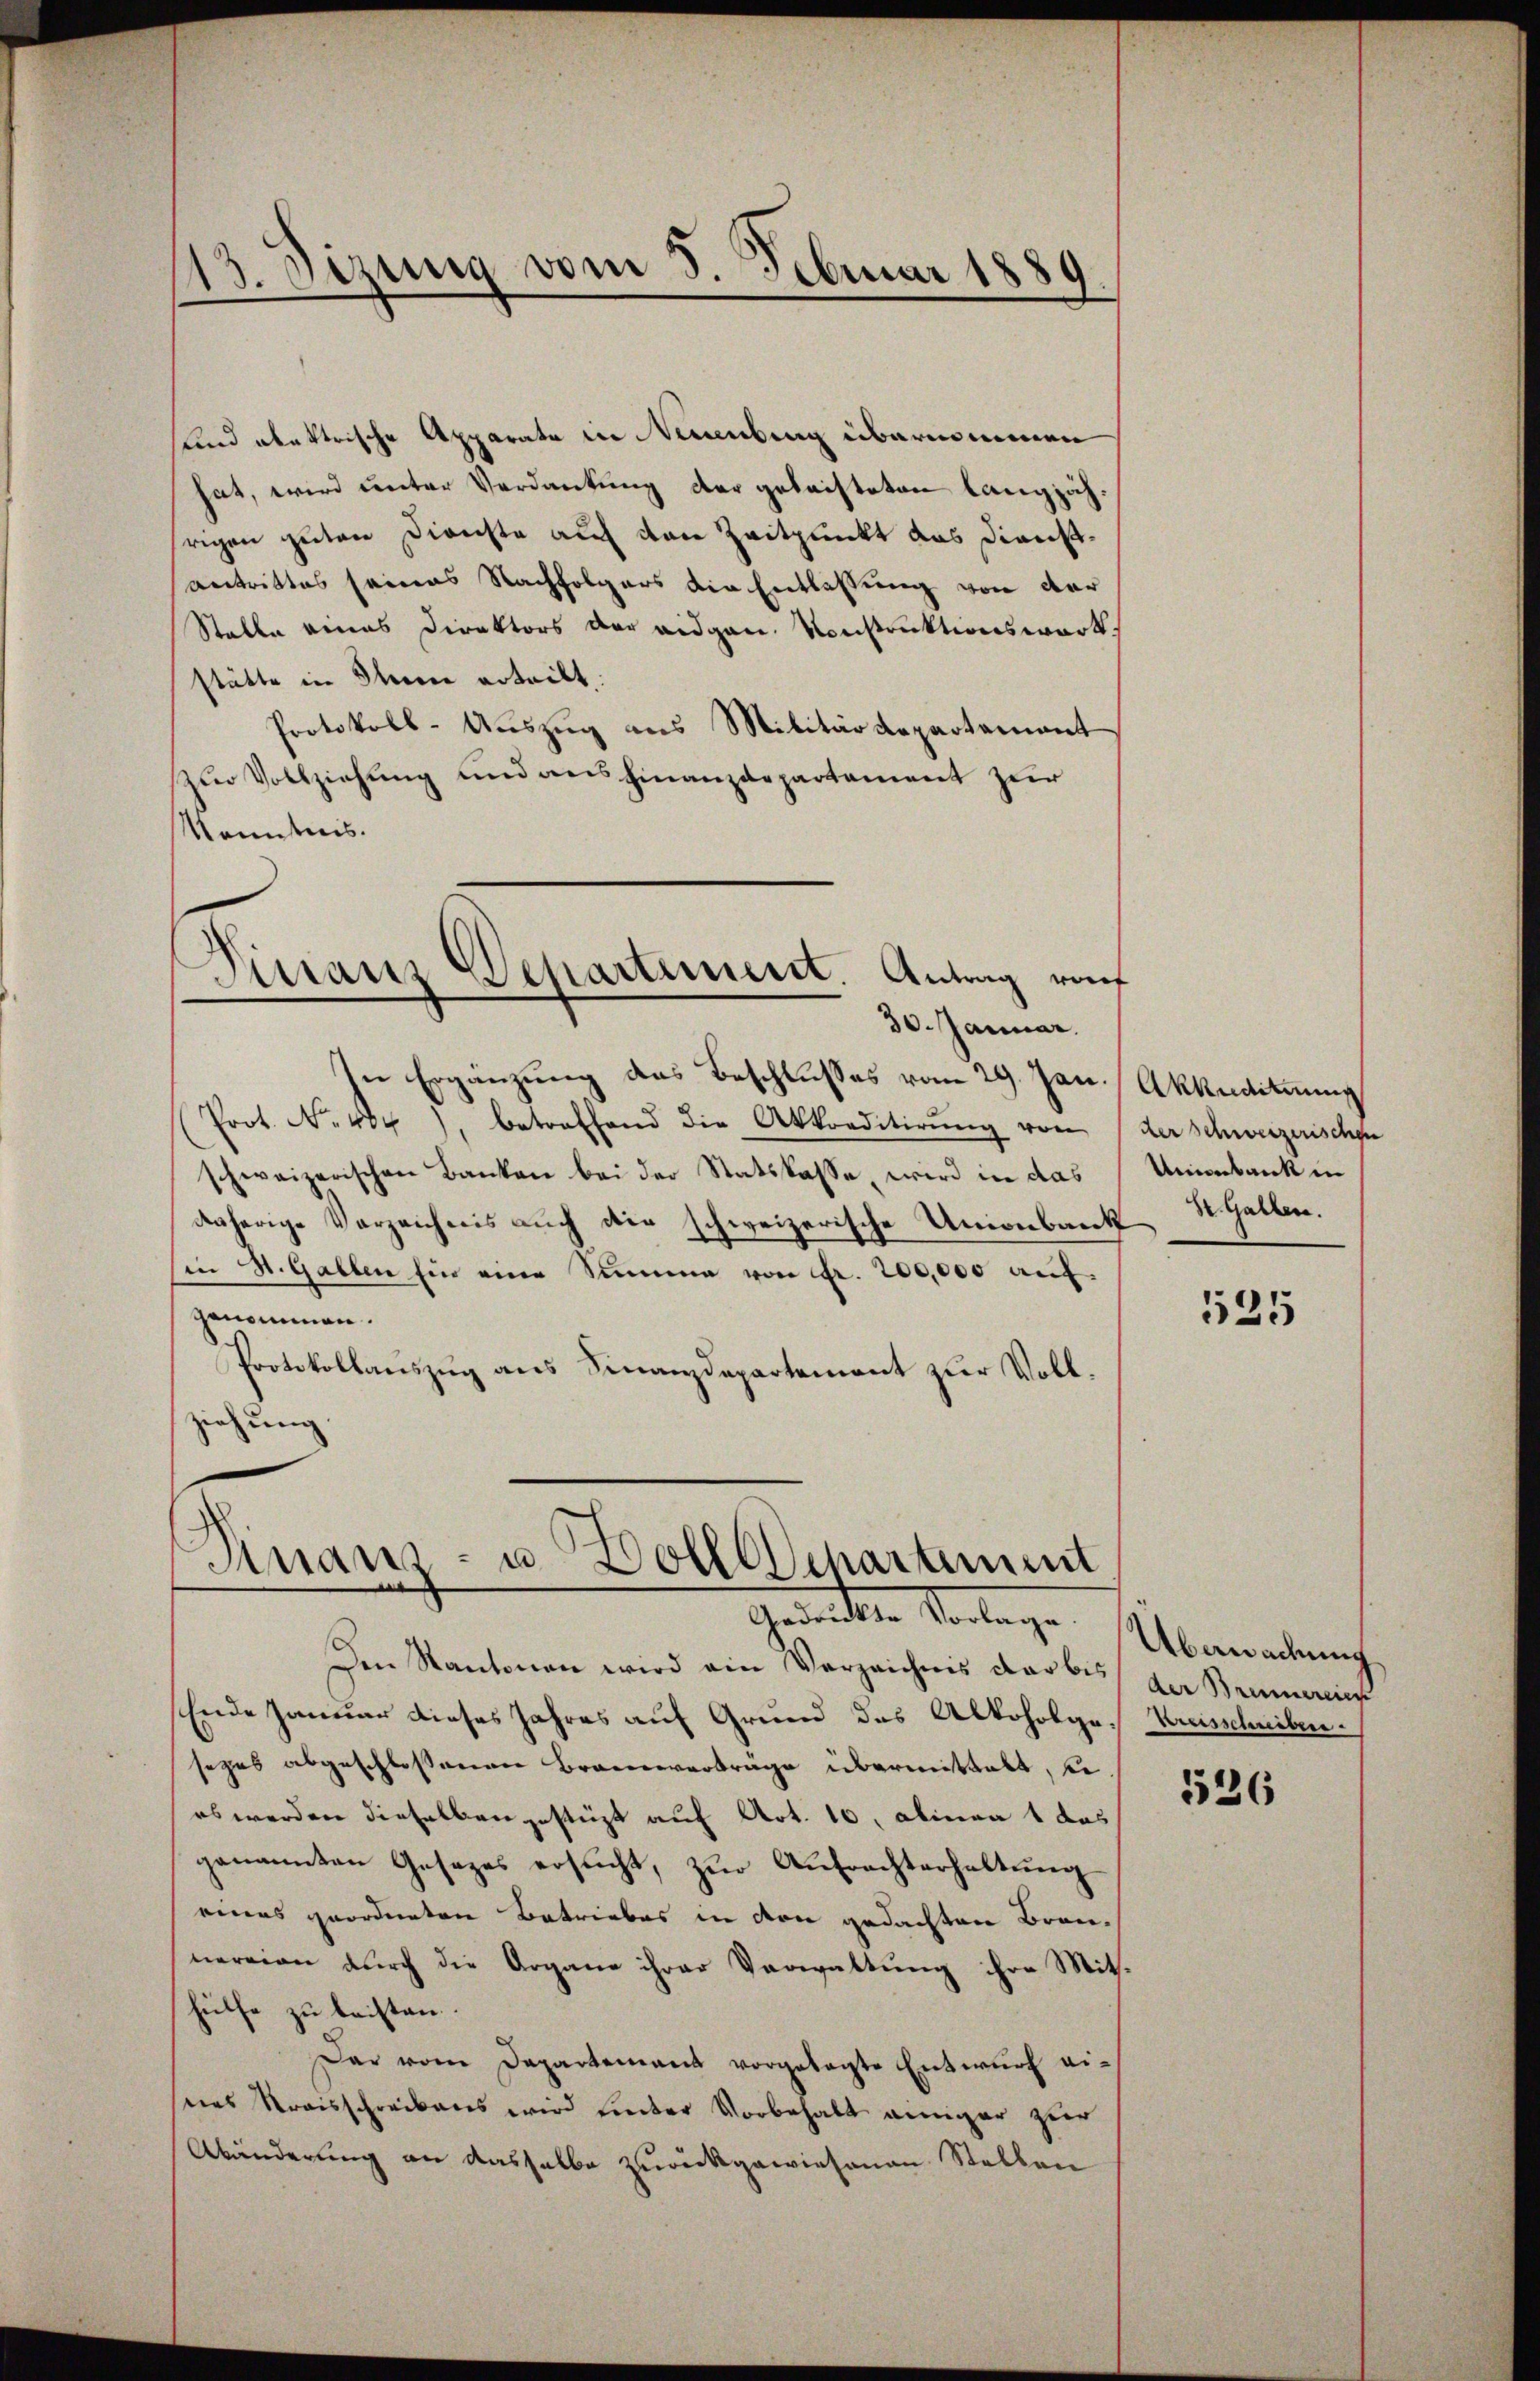
sund abertrische Apparate in Neuenburg übernommen
hat, wird unter Verdankung der geleisteten langjährigen guten Dienste auf den Zeitpunkt das Dienstantrittes seines Nachfolgers die Entlassung von der
Stelle eines Direktors der eidgen. Sonstruktionswart
stätte in Ihnen erteilt.
Protokoll-Auszug aus Militärdepartement
zur Vollziehung und ausfinanzdepartement zur
Kenntnis.
Distanz Departiment. Antrag raf

13. Sizung vom 5. Februar 1889

30. Januar.

In Ergänzung des Beschlusses vom 29. Jan.
(Prot. No 484), betreffend die Akkorditirŭng von
schweizerischen Banken bei der Statskasse, wird in das
daherige Verzeichnis auch die schweizerische Unionbank St. Gallen.
Ein St. Gallen hin eine Summe von Fr. 200,000 auf
genommen.
Protokollauszug aus Finanzdepartement zur Vollziehung.

Finanz- u Dolllchartemmt
.
e
Genickten Vorlage

Den Kantonen wird ein Verzeichnis dar bis der Brunnereic
Ende Januar dieses Jahres auf Grund des Alkoholge. Kreisschriben.
sezes abgeschlossenen Braunverträge übermittelt, u
es werden dieselben gestüzt auf Art. 10, Alinea 1 das
genannten Gesezes ersucht, zur Aufrechterhaltung
eines geordneten Betriebes in von gedachten Brannereien durch die Argane ihrer Verwaltung ihre Mithülfe zu beisten.
Dar vom Departement vorgelegte Entwŭrf ei-
nes Kraisschreibens wird hinter Vorbehalt einiger zur
Abänderung an dasselbe zurückgewiesenen Stellen

Akkudituung
der Schweizerischen
Uenbank in

525

Übermachung

526